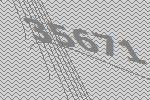
35671